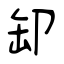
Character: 缷